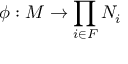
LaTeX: \phi : M \to \prod _ { i \in F } N _ { i }